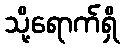
သို့ရောက်ရှိ